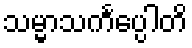
သမ္မာသင်္ကပ္ပေါတိ